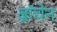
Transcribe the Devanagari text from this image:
ब्रॉचेन